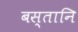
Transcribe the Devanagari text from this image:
बस्तानि